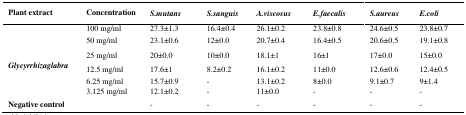
<table><thead><tr><td><b>Plant extract</b></td><td><b>Concentration</b></td><td><b><i>S.mutans</i></b></td><td><b><i>S.sanguis</i></b></td><td><b><i>A.viscosus</i></b></td><td><b><i>E.faecalis</i></b></td><td><b><i>S.aureus</i></b></td><td><b><i>E.coli</i></b></td></tr></thead><tbody><tr><td rowspan="6"><b><i>Glycyrrhizaglabra</i></b></td><td>100 mg/ml</td><td>27.3±1.3</td><td>16.4±0.4</td><td>26.1±0.2</td><td>23.8±0.8</td><td>24.6±0.5</td><td>23.8±0.7</td></tr><tr><td>50 mg/ml</td><td>23.1±0.6</td><td>12±0.0</td><td>20.7±0.4</td><td>16.4±0.5</td><td>20.6±0.5</td><td>19.1±0.8</td></tr><tr><td>25 mg/ml</td><td>20±0.0</td><td>10±0.0</td><td>18.1±1</td><td>16±1</td><td>17±0.0</td><td>15±0.0</td></tr><tr><td>12.5 mg/ml</td><td>17.6±1</td><td>8.2±0.2</td><td>16.1±0.2</td><td>11±0.0</td><td>12.6±0.6</td><td>12.4±0.5</td></tr><tr><td>6.25 mg/ml</td><td>15.7±0.9</td><td>-</td><td>13.1±0.2</td><td>8±0.0</td><td>9.1±0.7</td><td>9±1.4</td></tr><tr><td>3.125 mg/ml</td><td>12.1±0.2</td><td>-</td><td>11±0.0</td><td>-</td><td>-</td><td>-</td></tr><tr><td><b>Negative control</b></td><td></td><td>-</td><td>-</td><td>-</td><td>-</td><td>-</td><td>-</td></tr></tbody></table>